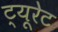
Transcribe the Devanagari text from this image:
ट्यूरेट